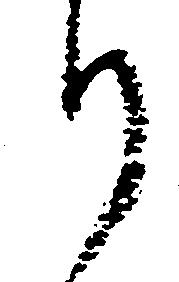
り